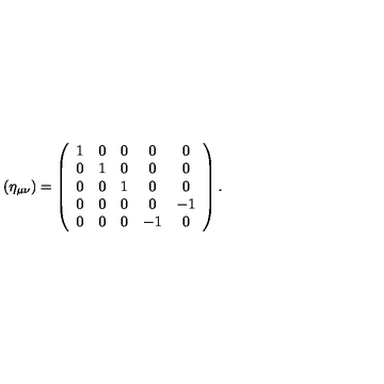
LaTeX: ( { \eta } _ { \mu \nu } ) = \left( \begin{array} { c c c c c } { 1 } & { 0 } & { 0 } & { 0 } & { 0 } \\ { 0 } & { 1 } & { 0 } & { 0 } & { 0 } \\ { 0 } & { 0 } & { 1 } & { 0 } & { 0 } \\ { 0 } & { 0 } & { 0 } & { 0 } & { - 1 } \\ { 0 } & { 0 } & { 0 } & { - 1 } & { 0 } \\ \end{array} \right) .